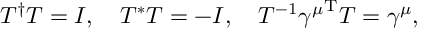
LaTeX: { \cal T } ^ { \dagger } { \cal T } = I , \quad { \cal T } ^ { * } { \cal T } = - I , \quad { \cal T } ^ { - 1 } { \gamma ^ { \mu } } ^ { \mathrm { T } } { \cal T } = \gamma ^ { \mu } ,